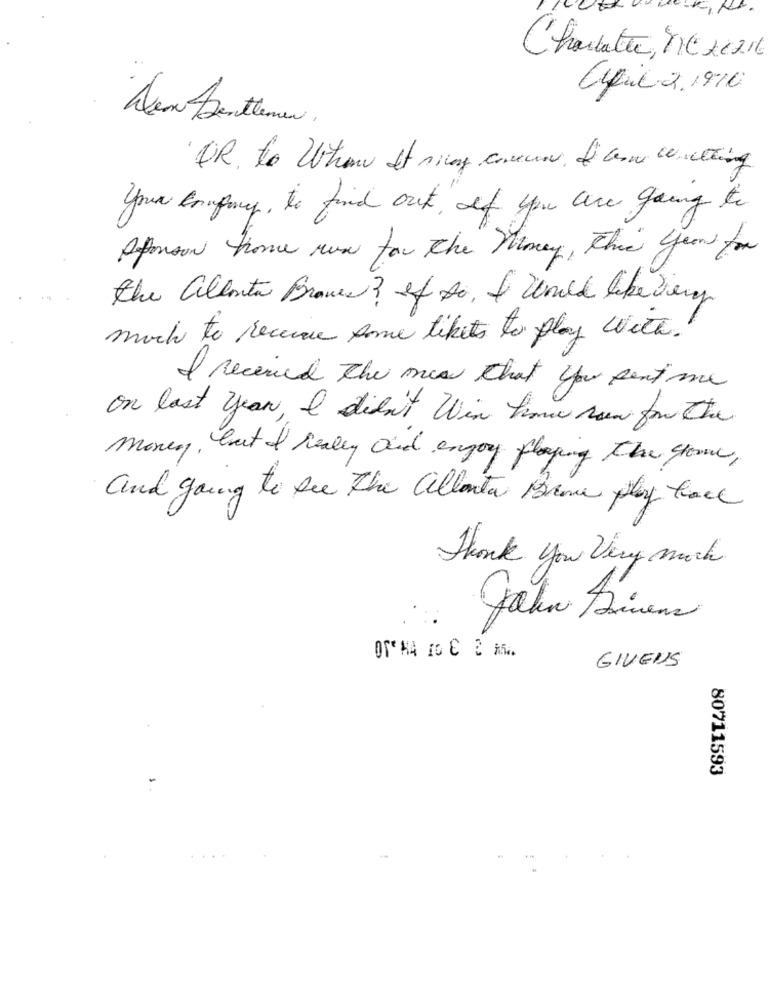
Charlotte, NC 21216
april 2.1910
Den Gentlemen .
OR, to Whom It ring concen I am withing
your company, to find out if you are going to
Sponsor home run for the Money, Three Years for
the alerta Braves? If so, I would like very
much to receive some tikets to play with."
I received the mes that you sent me
on last year, I didn't Win home run for the
money, but I really and enjoy playing the Grove,
and going to see the allenta Brine play hace
Thank you Very much
Jahn Drivers
GIVEUS
80711593